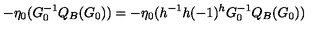
- \eta _ { 0 } ( G _ { 0 } ^ { - 1 } Q _ { B } ( G _ { 0 } ) ) = - \eta _ { 0 } ( h ^ { - 1 } h ( - 1 ) ^ { h } G _ { 0 } ^ { - 1 } Q _ { B } ( G _ { 0 } ) )